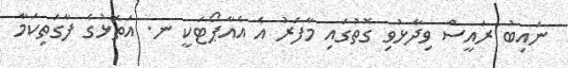
ނައިބު ރައީސް ވިދާޅުވި ގޮތުގައި މާފަރު އެ އެއާޕޯޓަކީ ނ. އަތޮޅުގެ ފާގަތިކަމާ